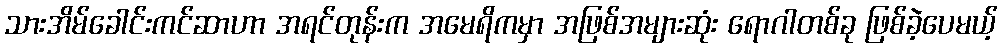
သားအိမ်ခေါင်းကင်ဆာဟာ အရင်တုန်းက အမေရိကမှာ အဖြစ်အများဆုံး ရောဂါတစ်ခု ဖြစ်ခဲ့ပေမယ့်